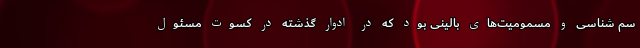
سم شناسی و مسمومیت‌های بالینی بود که در ادوار گذشته در کسوت مسئول